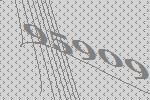
95909